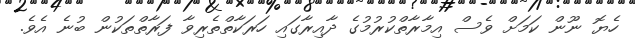
ހެޔޮ ނޫން ކަމަށް ވެސް އިމާރާތްކުރުމުގެ ދާއިރާގައި ހަރަކާތްތެރިވާ ފަރާތްތަކުން ބުނެ އެވެ.